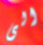
الى